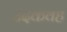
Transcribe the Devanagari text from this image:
उदकवह